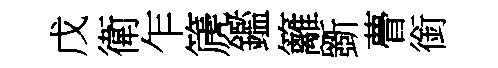
戊衛乍篪鑑籬斵瞢銜